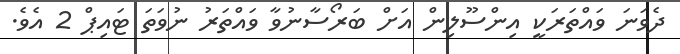
ދެވަނަ ވައްތަރަކީ އިންސޫލިން އަށް ބަރޯސާނުވާ ވައްތަރު ނުވަތަ ޓައިޕް 2 އެވެ.